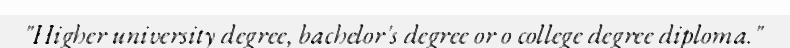
"Higher university degree, bachelor's degree or o college degree diploma."